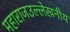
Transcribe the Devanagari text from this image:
महाराजउल्लेखनीय